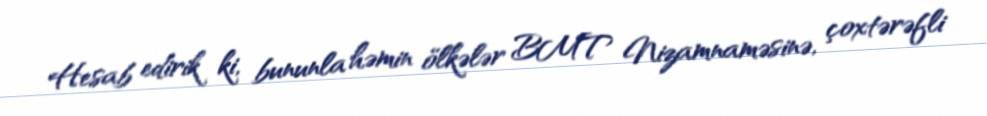
Hesab edirik ki, bununla həmin ölkələr BMT Nizamnaməsinə, çoxtərəfli